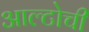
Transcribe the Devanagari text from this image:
आल्टोची